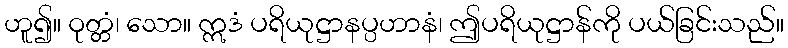
ဟူ၍။ ဝုတ္တံ၊ သော။ ဣဒံ ပရိယုဋ္ဌာနပ္ပဟာနံ၊ ဤပရိယုဋ္ဌာန်ကို ပယ်ခြင်းသည်။